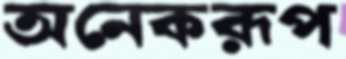
অনেকরূপ